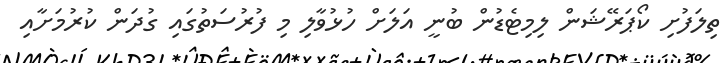
ތިލަފުށި ކޯޕަރޭޝަން ލިމިޓެޑުން ބުނީ އަލަށް ހުޅުވާލި މި ފުރުސަތުގައި ގުދަން ކުރުމަށާއި